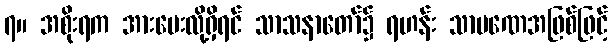
၇။ အစိုးရက အားပေးလို့ရှိရင် သာသနာတော်၌ ရဟန်း သာမဏေအဖြစ်ဖြင့်